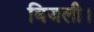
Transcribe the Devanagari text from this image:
बिजली।